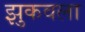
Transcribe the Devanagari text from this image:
झुकवला